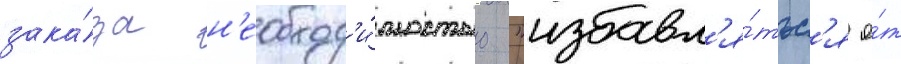
зака́за н'еобход'и́мостью "избавл'я́тьс'я о́т